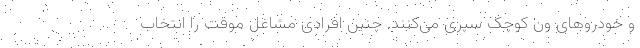
و خودروهای ون کوچک سپری می‌کنند. چنین افرادی مشاغل موقت را انتخاب